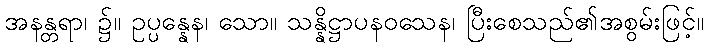
အနန္တရာ၊ ၌။ ဥပ္ပန္နေန၊ သော။ သန္နိဋ္ဌာပနဝသေန၊ ပြီးစေသည်၏အစွမ်းဖြင့်။